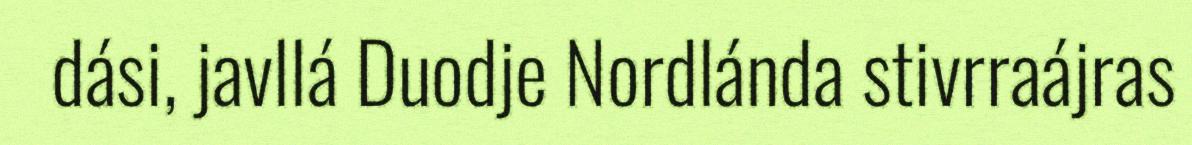
dási, javllá Duodje Nordlánda stivrraájras